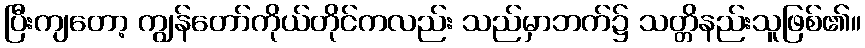
ပြီးကျတော့ ကျွန်တော်ကိုယ်တိုင်ကလည်း သည်မှာဘက်၌ သတ္တိနည်းသူဖြစ်၏။